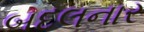
બદલનાર